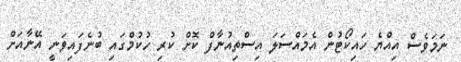
ނަމަވެސް އިއްޔެ ހައިކޯޓުން އެމައްސަލަ އިސްތިއުނާފް ކޮށް ކުރި ހުކުމްގައި ބުނެފައިވަނީ އޭނާއަށް